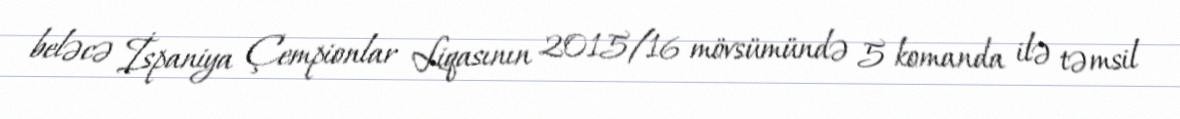
beləcə İspaniya Çempionlar Liqasının 2015/16 mövsümündə 5 komanda ilə təmsil